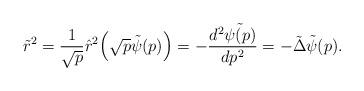
LaTeX: \begin{align*}\tilde{r}^2 = \frac{1}{\sqrt{p}}\hat{r}^2\Bigl(\sqrt{p}\tilde{\psi}(p)\Bigr) = - \frac{d^2\tilde{\psi(p)}}{dp^2} = -\tilde{\Delta}\tilde{\psi}(p).\end{align*}